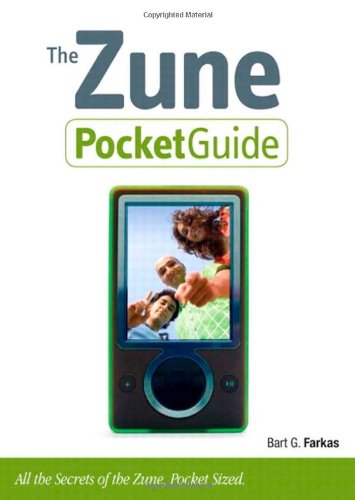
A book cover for The Zune Pocket Guide; Bart G. Farkas; Computers & Technology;